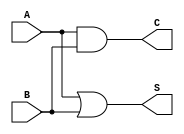
module threshold_half_adder (
    input wire A,       // First input bit
    input wire B,       // Second input bit
    output wire S,      // Sum output
    output wire C       // Carry output
);

// Sum logic: S = 1 if A + B >= 1, otherwise S = 0
assign S = (A | B); // S = A OR B

// Carry logic: C = 1 if both A and B are 1
assign C = A & B;   // C = A AND B

endmodule